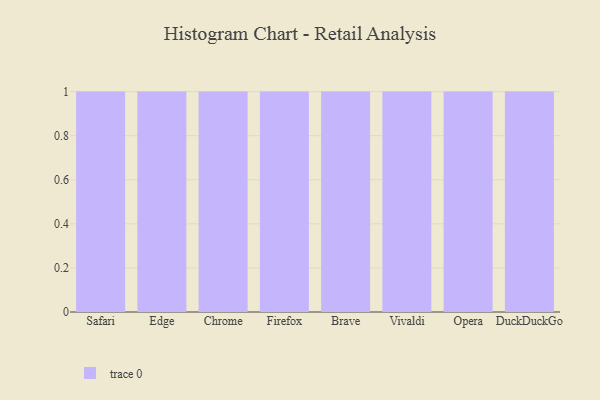
{"axis": {"x": "Browser", "y": "Tickets Resolved"}, "legend": [""], "data": [{"x": "Safari", "y": 94, "type": ""}, {"x": "Edge", "y": 88, "type": ""}, {"x": "Chrome", "y": 59, "type": ""}, {"x": "Firefox", "y": 78, "type": ""}, {"x": "Brave", "y": 54, "type": ""}, {"x": "Vivaldi", "y": 5, "type": ""}, {"x": "Opera", "y": 63, "type": ""}, {"x": "DuckDuckGo", "y": 100, "type": ""}]}